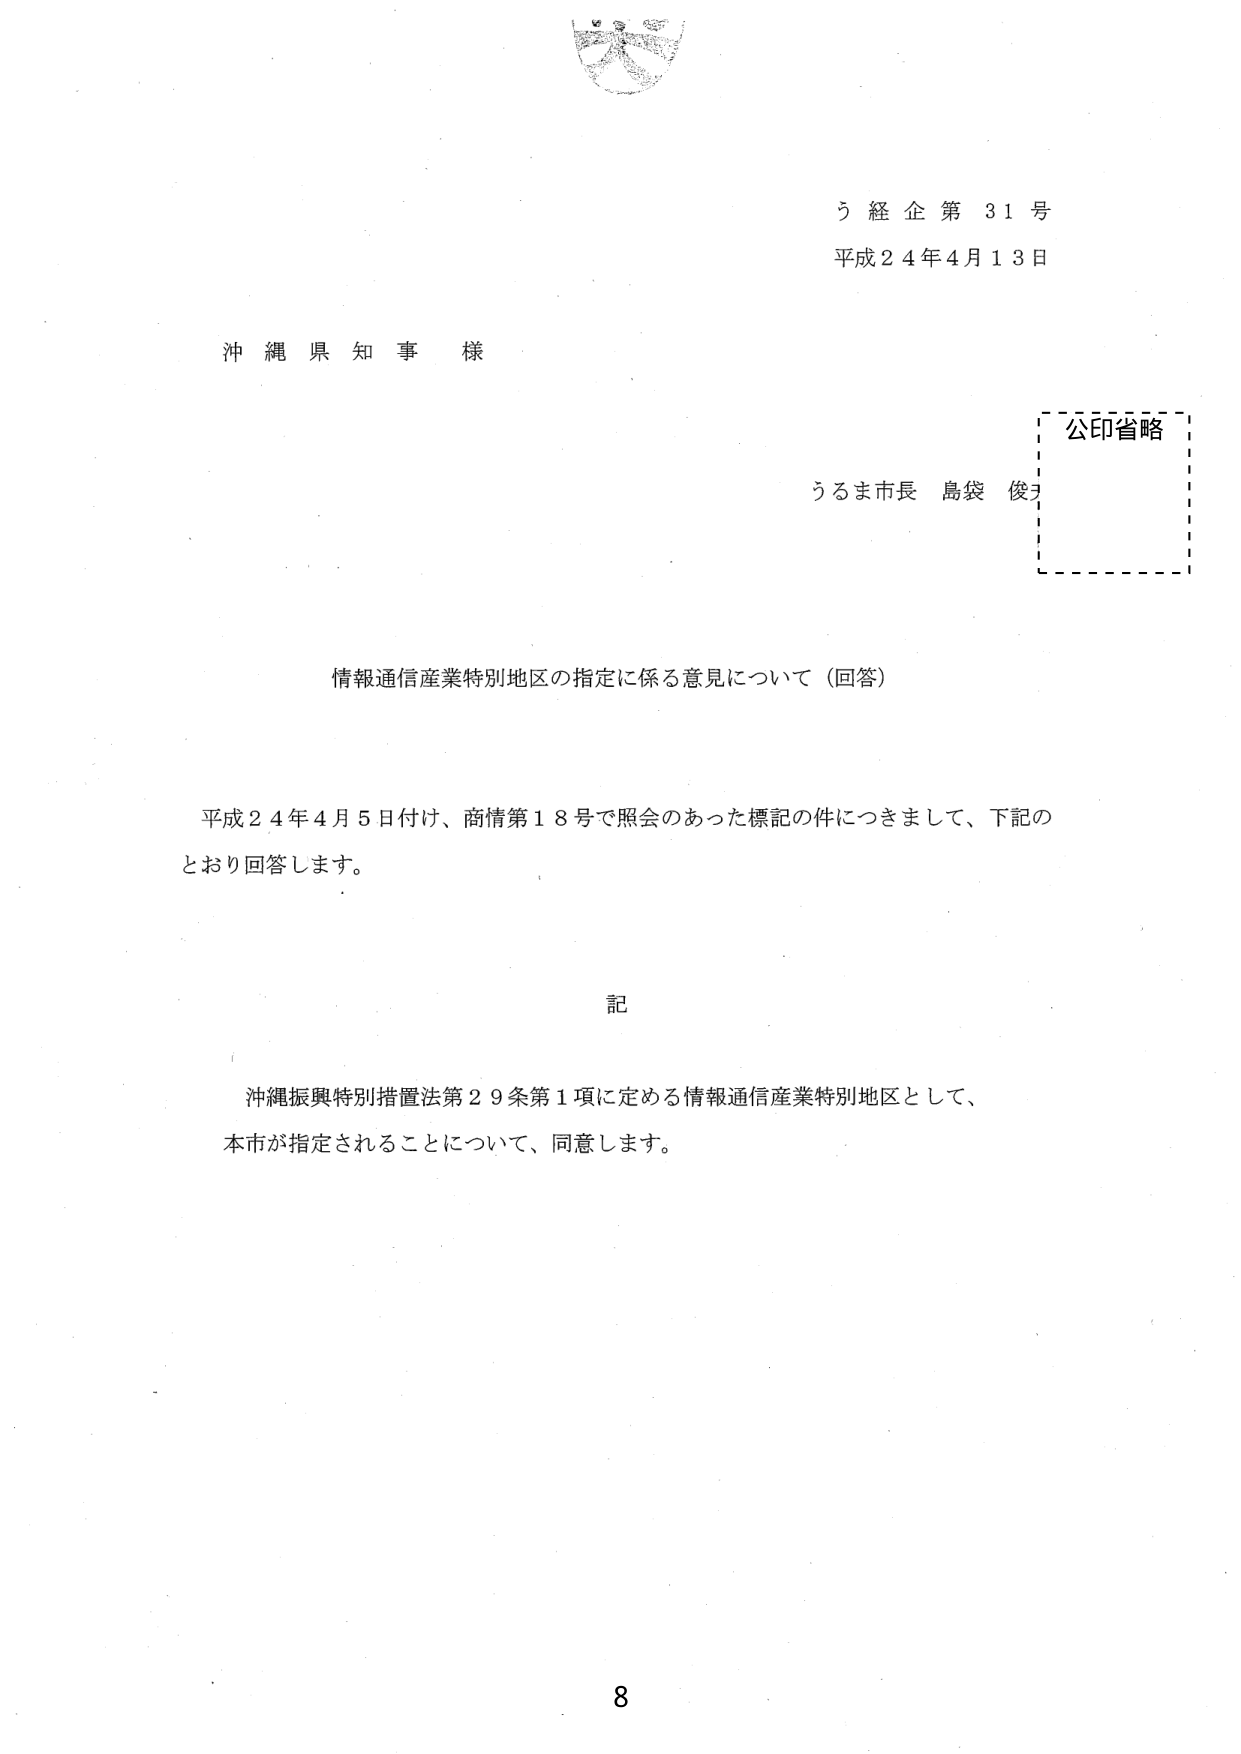
う経企第31号
平成24年4月13日

沖縄県知事様

うるま市長 島袋 俊夫
公印省略

情報通信産業特別地区の指定に係る意見について（回答）

平成24年4月5日付け、商情第18号で照会のあった標記の件につきまして、下記のとおり回答します。

記

沖縄振興特別措置法第29条第1項に定める情報通信産業特別地区として、
本市が指定されることについて、同意します。

8